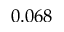
0 . 0 6 8